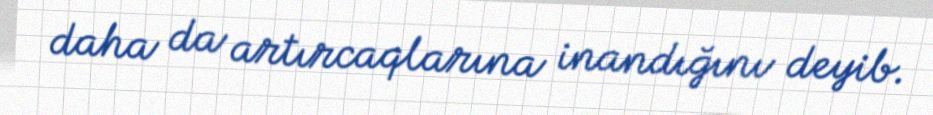
daha da artırcaqlarına inandığını deyib.